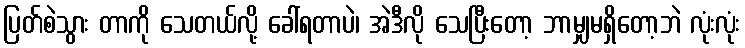
ပြတ်စဲသွား တာကို သေတယ်လို့ ခေါ်ရတာပဲ၊ အဲဒီလို သေပြီးတော့ ဘာမျှမရှိတော့ဘဲ လုံးလုံး